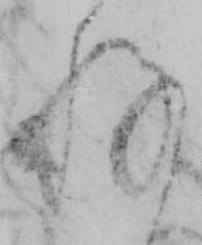
存